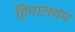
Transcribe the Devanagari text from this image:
हिमालयम